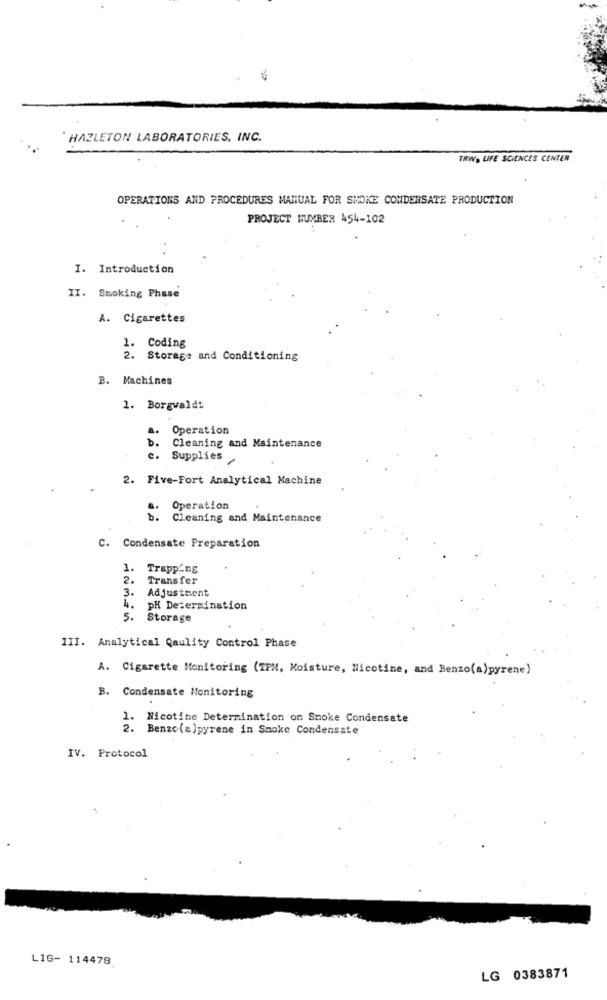
HAZLETON LABORATORIES, INC.
TRWA LIFE SCIENCES CENTER
OPERATIONS AND PROCEDURES MANUAL FOR SMOKE CONDENSATE PRODUCTION
PROJECT HUMBER 454-102
I. Introduction
II. Smoking Phase
A. Cigarettes
1. Coding
2. Storage and Conditioning
B. Machines
1. Borgwaldt
a.
Operation
b .
Cleaning and Maintenance
c. Supplies
2. Five-Fort Analytical Machine
Operation
b .
Cleaning and Maintenance
C. Condensate Preparation
Trapping
2.
Transfer
3.
Adjustment
4.
pH Determination
5.
Storage
III. Analytical Qaulity Control Phase
A. Cigarette Monitoring (TPM, Moisture, Nicotine, and Benzo(a)pyrene)
B. Condensate Monitoring
1. Nicotine Determination on Smoke Condensate
2. Benzo(a)pyrene in Smoke Condensate
IV. Protocol
LIG- 114478
LG 0383871